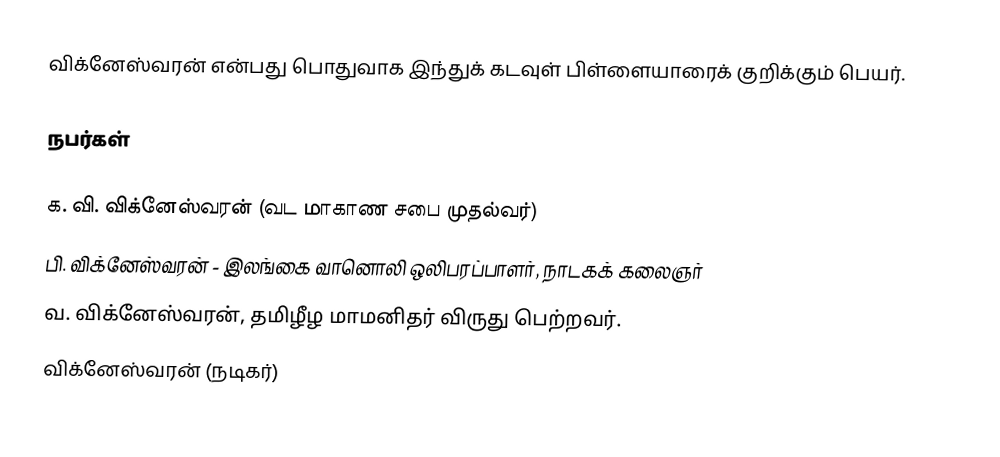
விக்னேஸ்வரன் என்பது பொதுவாக இந்துக் கடவுள் பிள்ளையாரைக் குறிக்கும் பெயர்.

நபர்கள்

 க. வி. விக்னேஸ்வரன் (வட மாகாண சபை முதல்வர்)
 பி. விக்னேஸ்வரன் - இலங்கை வானொலி ஒலிபரப்பாளர், நாடகக் கலைஞர்
 வ. விக்னேஸ்வரன், தமிழீழ மாமனிதர் விருது பெற்றவர்.
 விக்னேஸ்வரன் (நடிகர்)